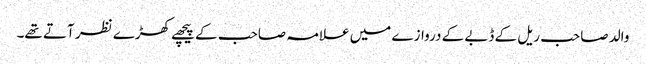
والد صاحب ریل کے ڈبے کے دروازے میں علامہ صاحب کے پیچھے کھڑے نظر آتے تھے۔